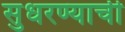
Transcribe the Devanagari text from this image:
सुधरण्याची